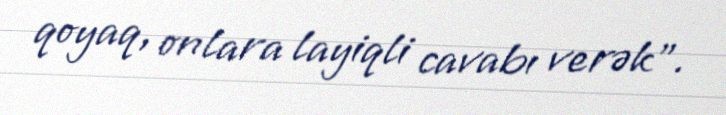
qoyaq, onlara layiqli cavabı verək”.